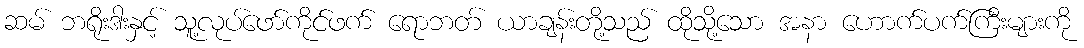
ဆမ် ဘရိုးဒါးနှင့် သူ့လုပ်ဖော်ကိုင်ဖက် ရောဘတ် ယာချန်းတို့သည် ထိုသို့သော အနာ ဟောက်ပက်ကြီးများကို